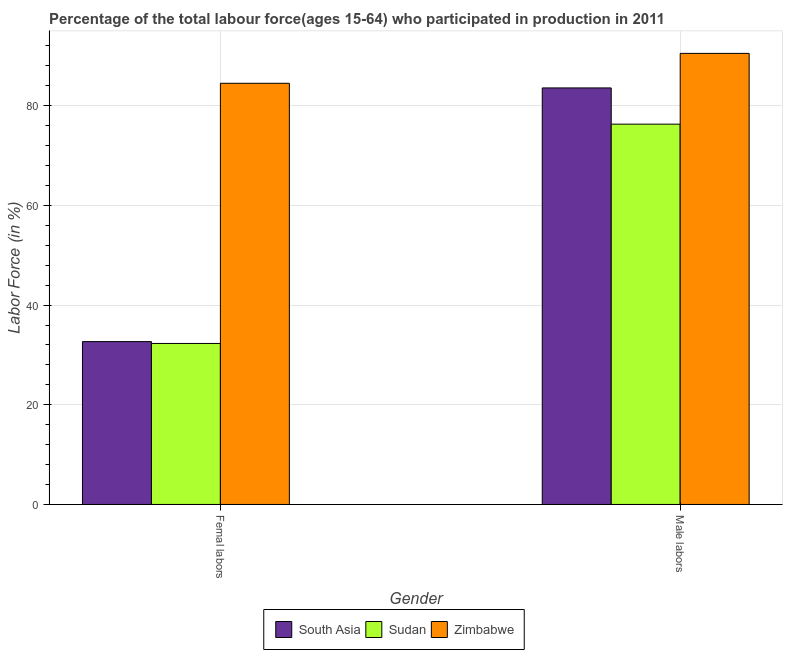
| Gender | South Asia | Sudan | Zimbabwe |
 | --- | --- | --- | --- |
 | Femal labors | 32.7 | 32.3 | 84.5 |
 | Male labors | 83.6 | 76.3 | 90.5 |